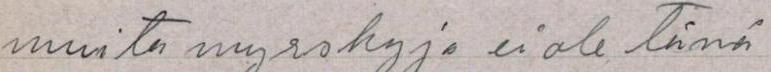
muita myrskyjä ei ole tänä